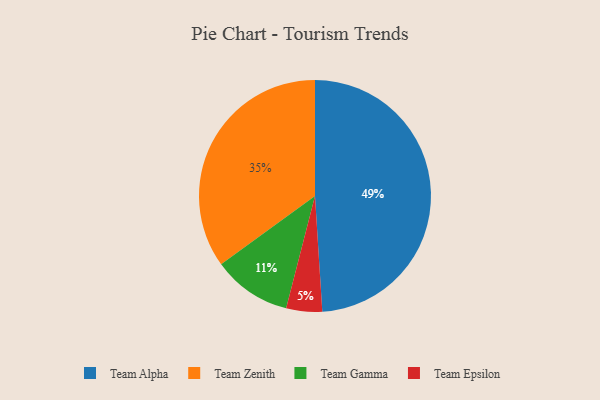
{"axis": {"x": "Category", "y": "Percentage"}, "legend": ["Team Alpha", "Team Epsilon", "Team Gamma", "Team Zenith"], "data": [{"x": "Team Alpha", "y": 49, "type": "Team Alpha"}, {"x": "Team Epsilon", "y": 5, "type": "Team Epsilon"}, {"x": "Team Gamma", "y": 11, "type": "Team Gamma"}, {"x": "Team Zenith", "y": 35, "type": "Team Zenith"}]}